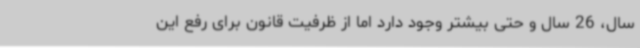
سال، 26 سال و حتی بیشتر وجود دارد اما از ظرفیت قانون برای رفع این